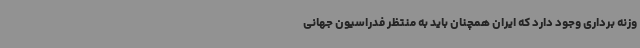
وزنه برداری وجود دارد که ایران همچنان باید به منتظر فدراسیون جهانی